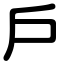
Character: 戶